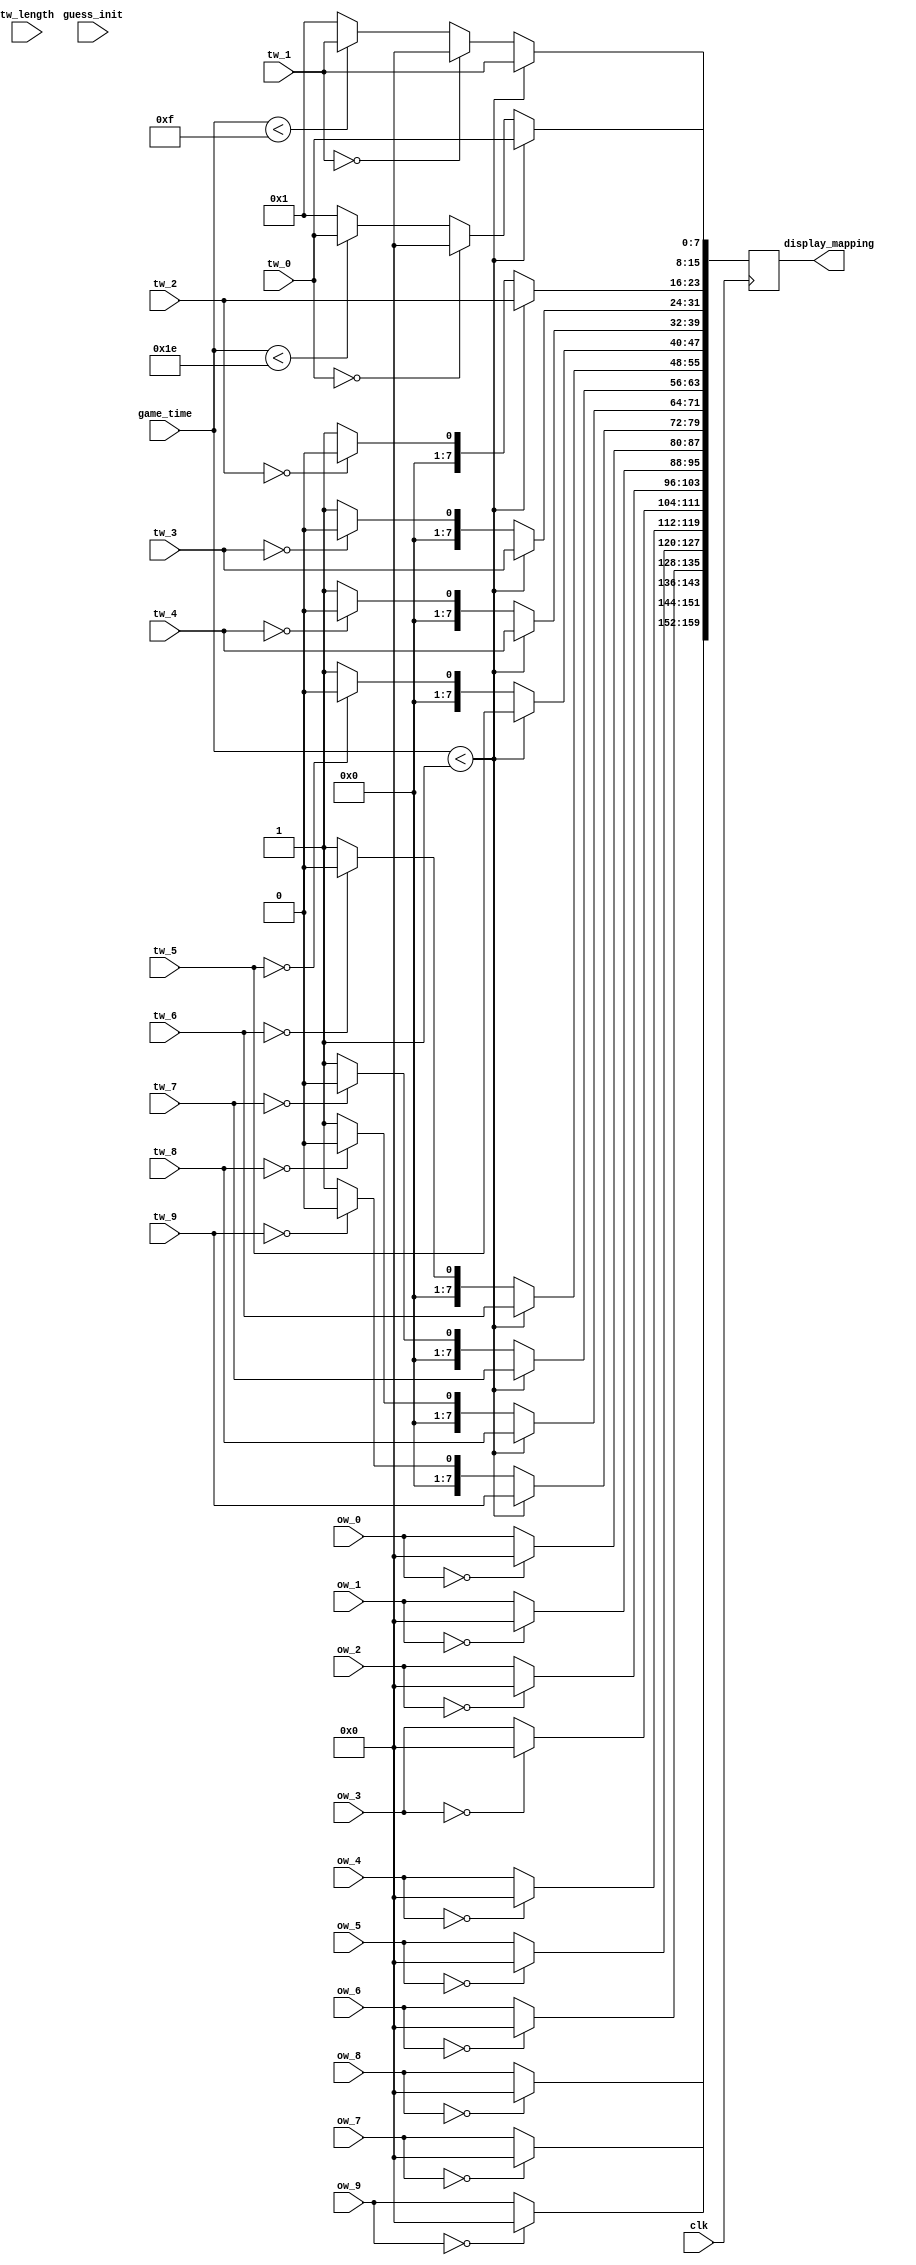
`timescale 1ns / 1ps
//////////////////////////////////////////////////////////////////////////////////
// Company: 
// Engineer: 
// 
// Design Name: 
// Module Name: input_to_screen
// Project Name: 
// Target Devices: 
// Tool Versions: 
// Description: 
// 
// Dependencies: 
// 
// Revision:
// Revision 0.01 - File Created
// Additional Comments:
// 
//////////////////////////////////////////////////////////////////////////////////


module input_to_screen(
    input guess_init,
    input clk,
    input [7:0]ow_0, input [7:0]ow_1,
    input [7:0]ow_2, input [7:0]ow_3,
    input [7:0]ow_4, input [7:0]ow_5,
    input [7:0]ow_6, input [7:0]ow_7,
    input [7:0]ow_8, input [7:0]ow_9,
    
    input [7:0]tw_0, input [7:0]tw_1,
    input [7:0]tw_2, input [7:0]tw_3,
    input [7:0]tw_4, input [7:0]tw_5,
    input [7:0]tw_6, input [7:0]tw_7,
    input [7:0]tw_8, input [7:0]tw_9,
    input [3:0]tw_length,
    input [5:0]game_time,
    output reg [159:0] display_mapping);
    
    wire [7:0]A = 8'h1C;
    wire [7:0]B = 8'h32;
    wire [7:0]C = 8'h21;
    wire [7:0]D = 8'h23;
    wire [7:0]E = 8'h24;
    wire [7:0]F = 8'h2B;
    wire [7:0]G = 8'h34;
    wire [7:0]H = 8'h33;
    wire [7:0]I = 8'h43;
    wire [7:0]J = 8'h3B;
    wire [7:0]K = 8'h42;
    wire [7:0]L = 8'h4B;
    wire [7:0]M = 8'h3A;
    wire [7:0]N = 8'h31;
    wire [7:0]O = 8'h44;
    wire [7:0]P = 8'h4D;
    wire [7:0]Q = 8'h15;
    wire [7:0]R = 8'h2D;
    wire [7:0]S = 8'h1B;
    wire [7:0]T = 8'h2C;
    wire [7:0]U = 8'h3C;
    wire [7:0]V = 8'h2A;
    wire [7:0]W = 8'h1D;
    wire [7:0]X = 8'h22;
    wire [7:0]Y = 8'h35;
    wire [7:0]Z = 8'h1A;
    wire [7:0]space = 8'h29;
    wire [7:0]underline = 8'h1;
    wire [7:0]separator = 8'h2;
    reg [7:0]null = 8'd0;

    
    always @ (posedge clk) begin
        // top half of screen shows underlines or user hints
        if (tw_0 == 8'h0) begin
            display_mapping[7:0] = null;
        end
        else if (game_time < 6'd30) begin
            display_mapping[7:0] = tw_0;
        end
        else begin
            display_mapping[7:0] = underline;
        end
        if (tw_1 == 8'h0) begin
            display_mapping[15:8] = null;
        end
        else if (game_time < 6'd15) begin
            display_mapping[15:8] = tw_1;
        end
        else begin
            display_mapping[15:8] = underline;
        end
        if (tw_2 == 8'h0) begin
            display_mapping[23:16] = null;
        end
        else begin
            display_mapping[23:16] = underline;
        end
        if (tw_3 == 8'h0) begin
            display_mapping[31:24] = null;
        end
        else begin
            display_mapping[31:24] = underline;
        end
        if (tw_4 == 8'h0) begin
            display_mapping[39:32] = null;
        end
        else begin
            display_mapping[39:32] = underline;
        end
        if (tw_5 == 8'h0) begin
            display_mapping[47:40] = null;
        end
        else begin
            display_mapping[47:40] = underline;
        end
        if (tw_6 == 8'h0) begin
            display_mapping[55:48] = null;
        end
        else begin
            display_mapping[55:48] = underline;
        end
        if (tw_7 == 8'h0) begin
            display_mapping[63:56] = null;
        end
        else begin
            display_mapping[63:56] = underline;
        end
        if (tw_8 == 8'h0) begin
            display_mapping[71:64] = null;
        end
        else begin
            display_mapping[71:64] = underline;
        end
        if (tw_9 == 8'h0) begin
            display_mapping[79:72] = null;
        end
        else begin
            display_mapping[79:72] = underline;
        end
        // bottom half of screen shows user input
        if (ow_0 == 8'h0) begin
            display_mapping[87:80] = null;
        end
        else begin
            display_mapping[87:80] = ow_0;
        end
        if (ow_1 == 8'h0) begin
            display_mapping[95:88] = null;
        end
        else begin
            display_mapping[95:88] = ow_1;
        end
        if (ow_2 == 8'h0) begin
            display_mapping[103:96] = null;
        end
        else begin
            display_mapping[103:96] = ow_2;
        end
        if (ow_3 == 8'h0) begin
            display_mapping[111:104] = null;
        end
        else begin
            display_mapping[111:104] = ow_3;
        end
        if (ow_4 == 8'h0) begin
            display_mapping[119:112] = null;
        end
        else begin
            display_mapping[119:112] = ow_4;
        end
        if (ow_5 == 8'h0) begin
            display_mapping[127:120] = null;
        end
        else begin
            display_mapping[127:120] = ow_5;
        end
        if (ow_6 == 8'h0) begin
            display_mapping[135:128] = null;
        end
        else begin
            display_mapping[135:128] = ow_6;
        end
        if (ow_7 == 8'h0) begin
            display_mapping[143:136] = null;
        end
        else begin
            display_mapping[143:136] = ow_7;
        end
        if (ow_8 == 8'h0) begin
            display_mapping[151:144] = null;
        end
        else begin
            display_mapping[151:144] = ow_8;
        end
        if (ow_9 == 8'h0) begin
            display_mapping[159:152] = null;
        end
        else begin
            display_mapping[159:152] = ow_9;
        end
        if (game_time < 6'd1) begin
            display_mapping[7:0] = tw_0;
            display_mapping[15:8] = tw_1;
            display_mapping[23:16] = tw_2;
            display_mapping[31:24] = tw_3;
            display_mapping[39:32] = tw_4;
            display_mapping[47:40] = tw_5;
            display_mapping[55:48] = tw_6;
            display_mapping[63:56] = tw_7;
            display_mapping[71:64] = tw_8;
            display_mapping[79:72] = tw_9;
        end
    end
    
endmodule